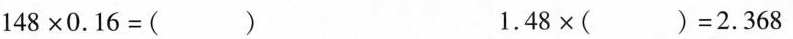
$$148×0.16=﹙﹚$$ $$1.48×( )=2.368$$